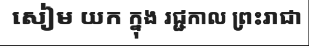
សៀម យក ក្នុង រជ្ជកាល ព្រះរាជា